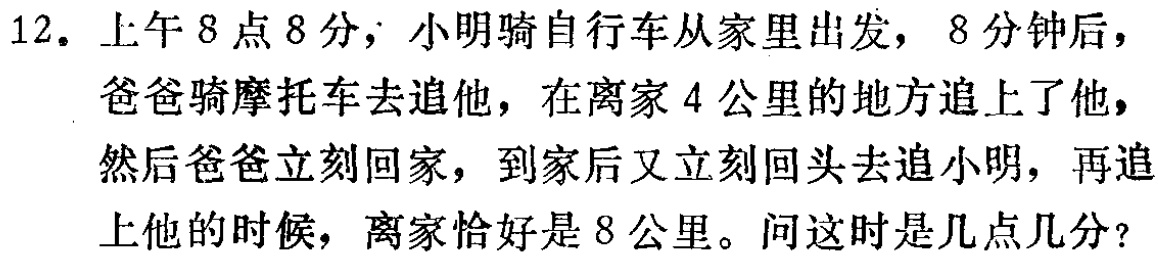
12. 上午8点8分，小明骑自行车从家里出发，8分钟后，爸爸骑摩托车去追他，在离家4公里的地方追上了他，然后爸爸立刻回家，到家后又立刻回头去追小明，再追上他的时候，离家恰好是8公里。问这时是几点几分？